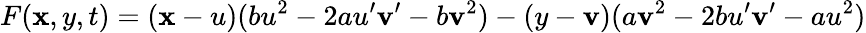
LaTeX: F(\mathbf{x},y,t)=(\mathbf{x}-u)(bu^{2}-2au^{\prime}\mathbf{v}^{\prime}-b\mathbf{v}^{2})-(y-\mathbf{v})(a\mathbf{v}^{2}-2bu^{\prime}\mathbf{v}^{\prime}-au^{2})